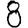
Digit: 8